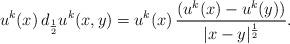
LaTeX: \begin{align*} u^k(x)\, d_{\frac{1}{2}}u^k(x,y) = u^k(x)\, \frac{(u^k(x)-u^k(y))}{|x-y|^{\frac{1}{2}}}.\end{align*}